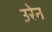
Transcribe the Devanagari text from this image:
उरेन